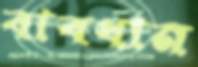
বাবধান